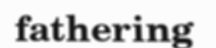
fathering